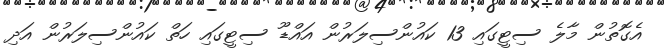
އެގޮތުން މާލެ ސިޓީގައި 13 ކައުންސިލަރުން އައްޑޫ ސިޓީގައި ހަތް ކައުންސިލަރުން އަދި